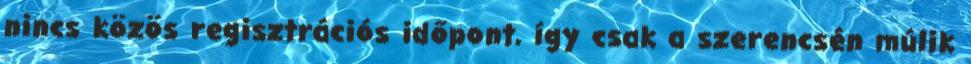
nincs közös regisztrációs időpont, így csak a szerencsén múlik